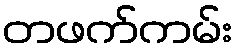
တဖက်ကမ်း